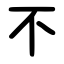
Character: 不